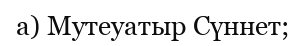
а) Мутеуатыр Сүннет;